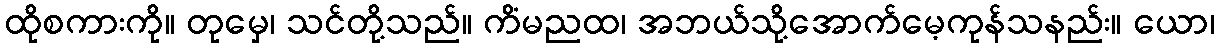
ထိုစကားကို။ တုမှေ၊ သင်တို့သည်။ ကိံမညထ၊ အဘယ်သို့အောက်မေ့ကုန်သနည်း။ ယော၊